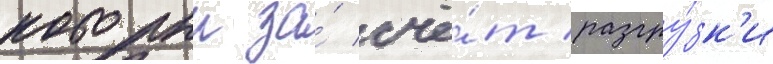
которыи за́ счё́т разгру́зк'и